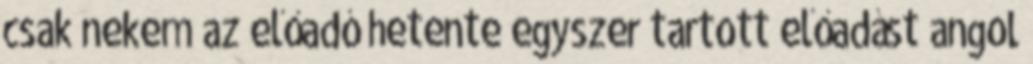
csak nekem az előadó hetente egyszer tartott előadást angol